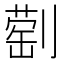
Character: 𫦕